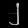
Digit: ၂